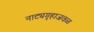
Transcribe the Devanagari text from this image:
नाट्यगृहाजवळ